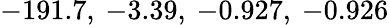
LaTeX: -191.7,\: -3.39,\: -0.927,\: -0.926